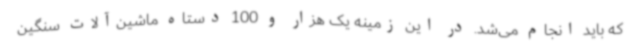
که باید انجام می‌شد. در این زمینه یک هزار و 100 دستاه ماشین‌آلات سنگین